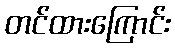
တင်ထားကြောင်း